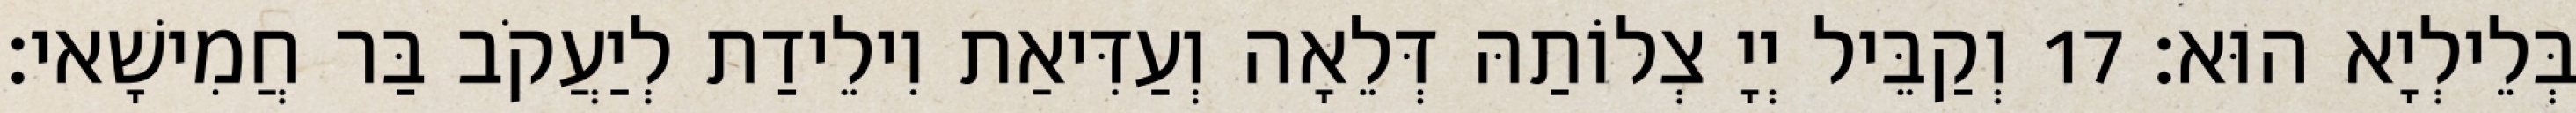
בְּלֵילְיָא הוּא׃ 17 וְקַבֵּיל יְיָ צְלוֹתַהּ דְּלֵאָה וְעַדִּיאַת וִילֵידַת לְיַעֲקֹב בַּר חֲמִישָׁאי׃